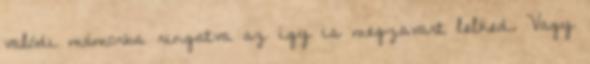
valódi mámorba ringatva az így is megzavart lelked. Vagy